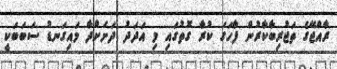
ރާއްޖޭގެ ތަޖުރިބާކާރުން ފާހަގަ ކުރާ ގޮތުގައި މި އަދަދު ދަށަށްދާ މައިގަނޑު ސަބަބަކީ